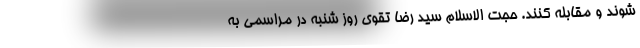
شوند و مقابله کنند. حجت الاسلام سید رضا تقوی روز شنبه در مراسمی به